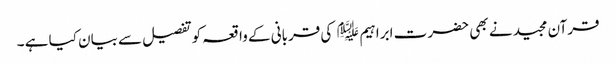
قرآن مجید نے بھی حضر ت ابراہیم ﷤ کی قربانی کے واقعہ کوتفصیل سے بیان کیا ہے ۔